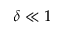
\delta \ll 1